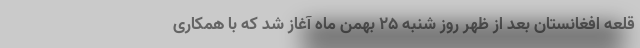
قلعه افغانستان بعد از ظهر روز شنبه ۲۵ بهمن ماه آغاز شد که با همکاری